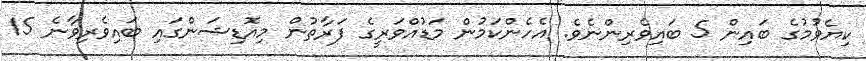
ކިޔެވުމުގެ ބައިން 5 ބައިވެރިންނެވެ. އެހެންކަމުން މަޑުއްވަރީގެ ފަރާތުން މިއޮޑިޝަންގައި ބައިވެރިވާނެ 15